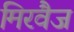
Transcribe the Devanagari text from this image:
मिरवैज